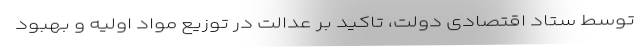
توسط ستاد اقتصادی دولت، تاکید بر عدالت در توزیع مواد اولیه و بهبود